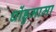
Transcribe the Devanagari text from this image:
धोंडुमामा